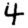
Digit: 4